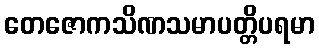
တေဇောကသိဏသမာပတ္တိပရမာ